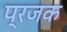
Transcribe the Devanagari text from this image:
प्रजक